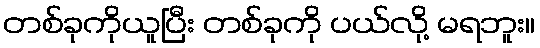
တစ်ခုကိုယူပြီး တစ်ခုကို ပယ်လို့ မရဘူး။